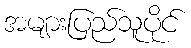
အများပြည်သူပိုင်